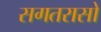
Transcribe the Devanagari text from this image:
सगतरासो